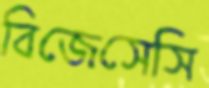
বিজেসেসি